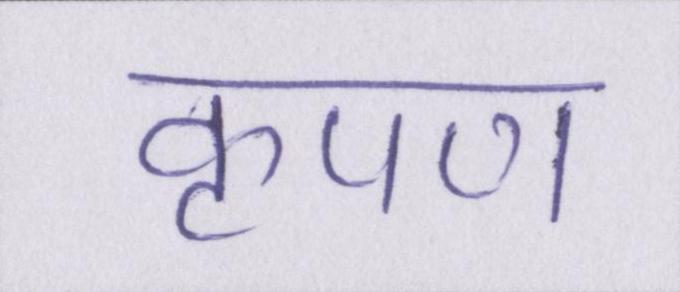
कृपण